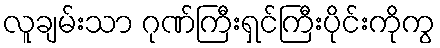
လူချမ်းသာ ဂုဏ်ကြီးရှင်ကြီးပိုင်းကိုကွ